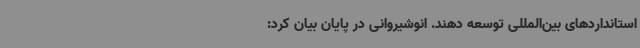
استانداردهای بین‌المللی توسعه دهند. انوشیروانی در پایان بیان کرد: